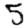
Digit: 5